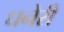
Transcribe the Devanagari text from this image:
घनेरी